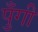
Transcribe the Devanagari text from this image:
पुँगी